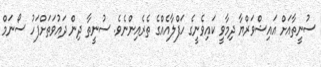
ސުނީތާއަށް އައިޝްވަރްޔާ ދިމާވީ ކައިވެނީގެ ހަފްލާއެއްގެ ތެރެއިންނެވެ. ސުނީތާ ދިން ދައުވަތަށްފަހު ސޯނަމް